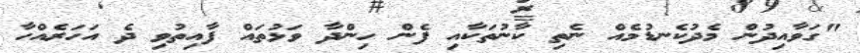
"ގަވާއިދުން މެދުކެނޑުމެއް ނެތި ކާނުތަކާއި ފެން ހިންދާ ވަޅުތައް ފާއިތުވި ދެ އަހަރެއްހާ